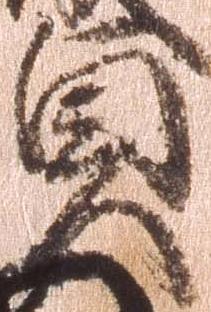
貞